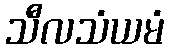
သီလသံယမံ